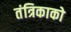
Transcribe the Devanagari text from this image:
तंत्रिकाको